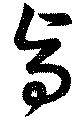
旨